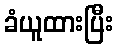
ခံယူထားပြီး